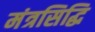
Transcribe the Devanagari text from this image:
मंत्रसिद्धि